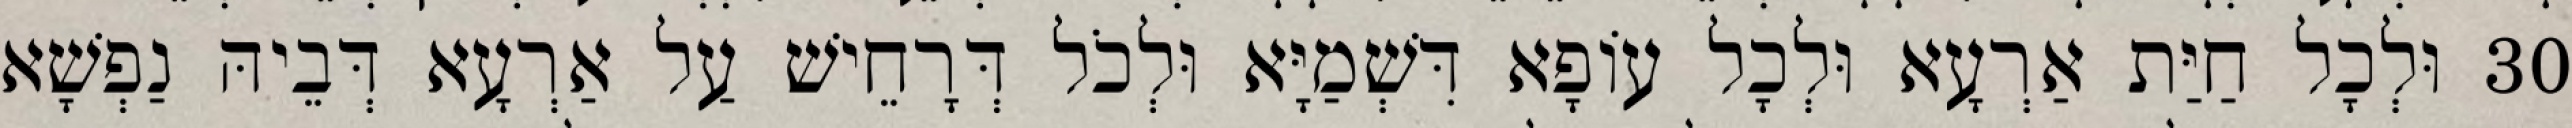
30 וּלְכָל חַיַּת אַרְעָא וּלְכָל עוֹפָא דִּשְׁמַיָּא וּלְכֹל דְּרָחֵישׁ עַל אַרְעָא דְּבֵיהּ נַפְשָׁא